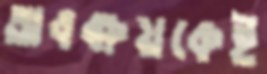
অবক্ষয়কেই